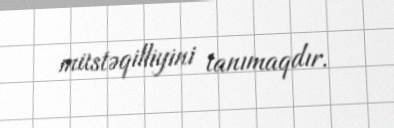
müstəqilliyini tanımaqdır.